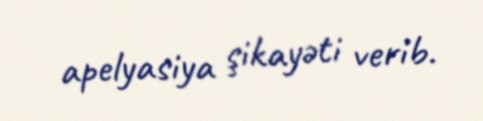
apelyasiya şikayəti verib.